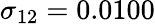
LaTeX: \sigma_{12}=0.0100